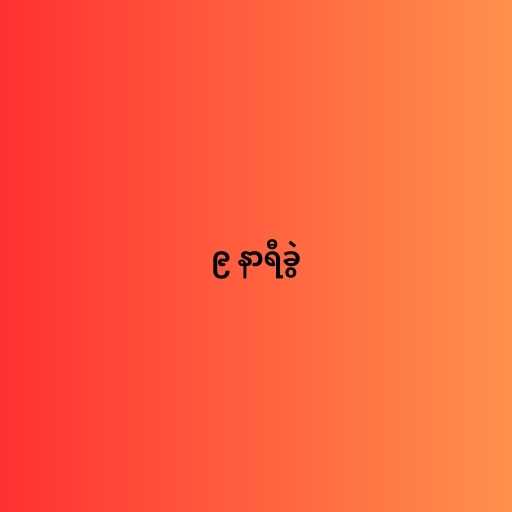
၉ နာရီခွဲ